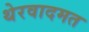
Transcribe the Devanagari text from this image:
थेरवादमत